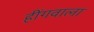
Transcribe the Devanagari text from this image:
हींगवाला